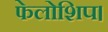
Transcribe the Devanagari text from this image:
फेलोशिप।